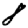
Digit: 8